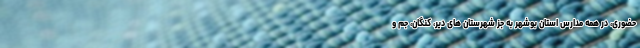
حضوری، در همه مدارس استان بوشهر به جز شهرستان های دیر، کنگان، جم و